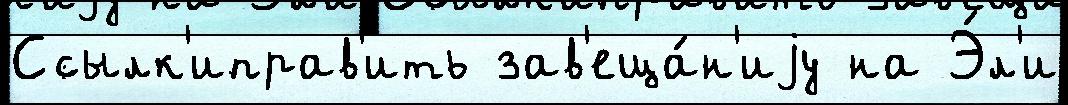
Ссылк'иправ'ить зав'еща́н'иjу на Э́л'и